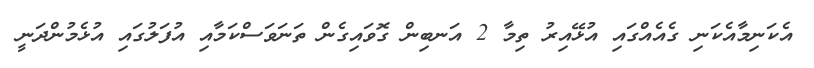
އެކަނިމާއެކަނި ގެއެއްގައި އުޅޭއިރު ތިމާ 2 އަނބިން ގޮވައިގެން ތަނަވަސްކަމާއި އުފަލުގައި އުޅެމުންދަނީ